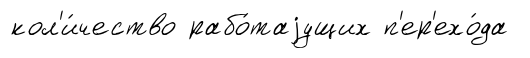
кол'и́чество рабо́таjущих п'ер'ехо́да